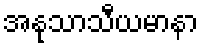
အနုသာသီယမာနာ